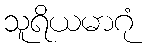
သူရိယမာဂုံ